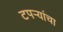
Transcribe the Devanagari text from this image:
टपर्‍यांचा